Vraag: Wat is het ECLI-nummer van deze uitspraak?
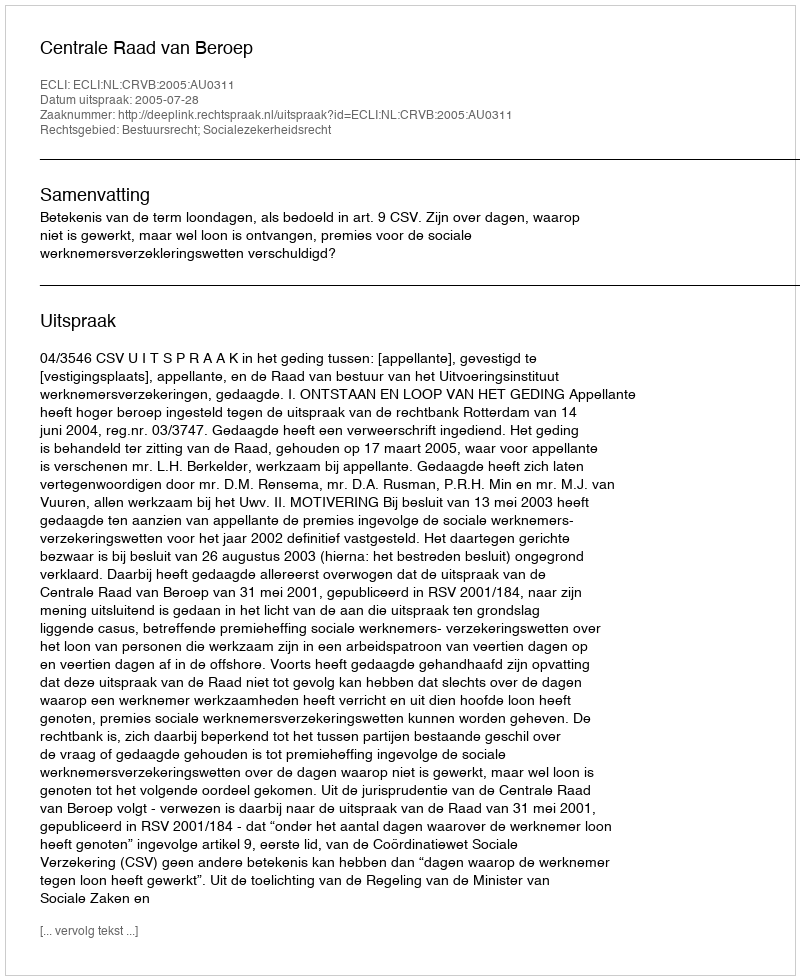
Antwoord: ECLI:NL:CRVB:2005:AU0311